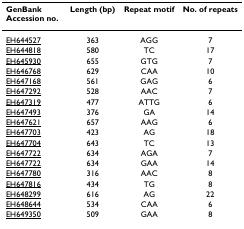
<table><thead><tr><td><b>GenBank Accession no.</b></td><td><b>Length (bp)</b></td><td><b>Repeat motif</b></td><td><b>No. of repeats</b></td></tr></thead><tbody><tr><td>EH644527</td><td>363</td><td>AGG</td><td>7</td></tr><tr><td>EH644818</td><td>580</td><td>TC</td><td>17</td></tr><tr><td>EH645930</td><td>655</td><td>GTG</td><td>7</td></tr><tr><td>EH646768</td><td>629</td><td>CAA</td><td>10</td></tr><tr><td>EH647168</td><td>561</td><td>GAG</td><td>6</td></tr><tr><td>EH647292</td><td>528</td><td>AAC</td><td>7</td></tr><tr><td>EH647319</td><td>477</td><td>ATTG</td><td>6</td></tr><tr><td>EH647493</td><td>376</td><td>GA</td><td>14</td></tr><tr><td>EH647621</td><td>657</td><td>AAG</td><td>6</td></tr><tr><td>EH647703</td><td>423</td><td>AG</td><td>18</td></tr><tr><td>EH647704</td><td>643</td><td>TC</td><td>13</td></tr><tr><td>EH647722</td><td>634</td><td>AGA</td><td>7</td></tr><tr><td>EH647722</td><td>634</td><td>GAA</td><td>14</td></tr><tr><td>EH647780</td><td>316</td><td>AAC</td><td>8</td></tr><tr><td>EH647816</td><td>434</td><td>TG</td><td>8</td></tr><tr><td>EH648299</td><td>616</td><td>AG</td><td>22</td></tr><tr><td>EH648644</td><td>534</td><td>CAA</td><td>6</td></tr><tr><td>EH649350</td><td>509</td><td>GAA</td><td>8</td></tr></tbody></table>